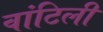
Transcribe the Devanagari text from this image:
वांटिलीं